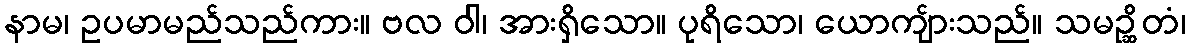
နာမ၊ ဥပမာမည်သည်ကား။ ဗလ ဝါ၊ အားရှိသော။ ပုရိသော၊ ယောကျ်ားသည်။ သမဉ္ဆိတံ၊